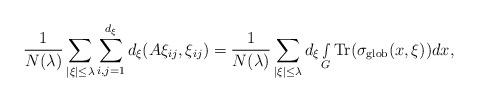
LaTeX: \begin{align*} \frac{1}{N(\lambda)} \sum_{|\xi|\leq \lambda} \sum_{i,j=1}^{d_\xi}d_\xi(A\xi_{ij},\xi_{ij})= \frac{1}{N(\lambda)}\sum_{|\xi|\leq \lambda}d_\xi\smallint\limits_G\textnormal{Tr}(\sigma_{\textnormal{glob}}(x,\xi))dx,\end{align*}